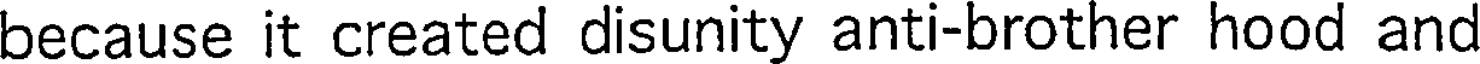
because it created disunity anti-brother hood and